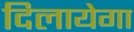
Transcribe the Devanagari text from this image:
दिलायेगा